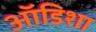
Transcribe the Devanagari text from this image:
ऑडिशा